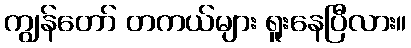
ကျွန်တော် တကယ်များ ရူးနေပြီလား။